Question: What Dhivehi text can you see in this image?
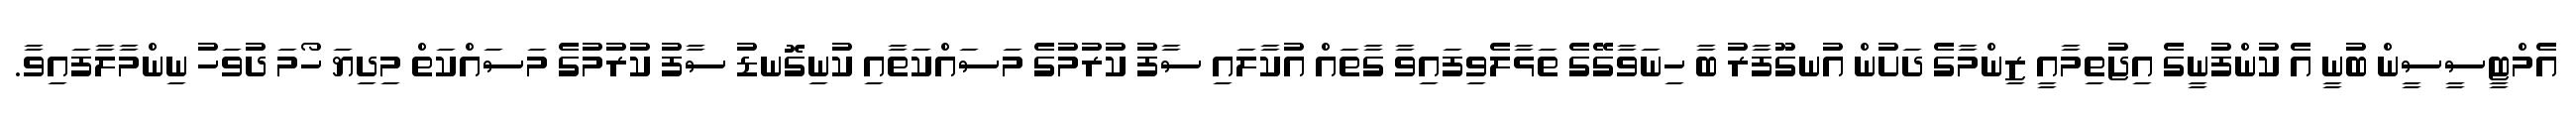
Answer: އެމްޓީސީސީން ބުނީ އެ ކުންފުނީގެ އިޖުތިމާއީ ޒިންމާގެ ދަށުން އުނގޫފާރު ބާ ހިނަވާގޭގެ ތަޅާލެވިފައިވާ ގާތައް އުކާލައި ސާފު ކުރުމުގެ މަސައްކަތާއި ކުނިގޮނޑު ސާފު ކުރުމުގެ މަސައްކަތް މިދިޔަ ހޯމަ ދުވަހު ނިންމާލާފައިވާ.